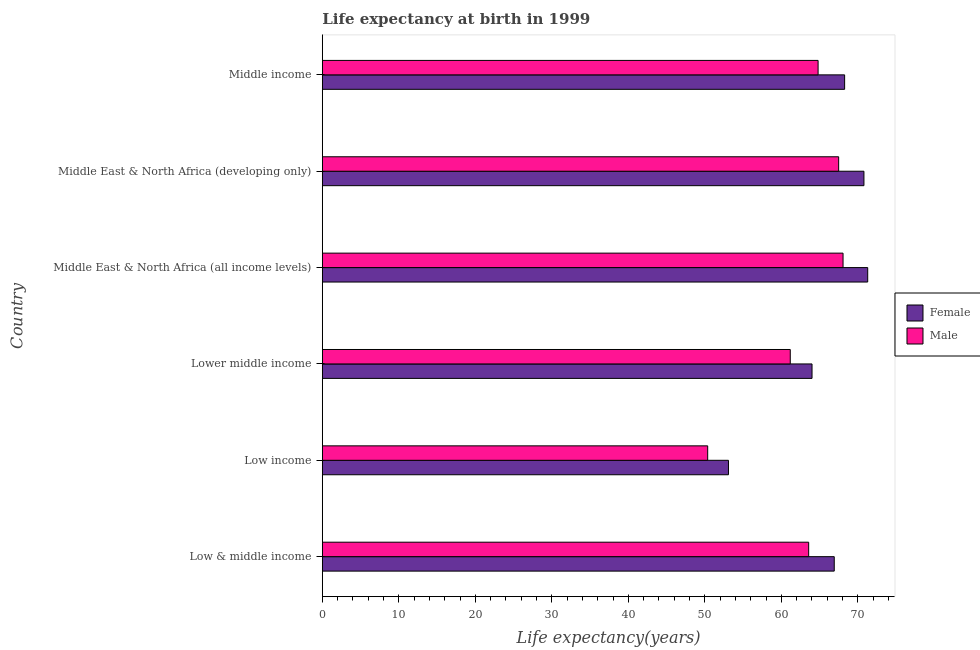
| Country | Female | Male |
 | --- | --- | --- |
 | Low & middle income | 66.9 | 63.6 |
 | Low income | 53.1 | 50.4 |
 | Lower middle income | 64 | 61.2 |
 | Middle East & North Africa (all income levels) | 71.3 | 68.1 |
 | Middle East & North Africa (developing only) | 70.8 | 67.5 |
 | Middle income | 68.3 | 64.8 |